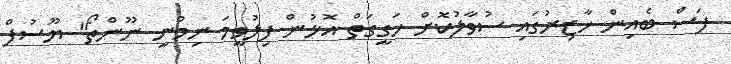
ފަސް ބެއިން ހާޒިރުގައި ސުވާލުކޮށް ހަގީގަތް އޮޅުން ފިލުވީމަ ނިމުނީ ނޫންތޯ" ޔޫސުފް